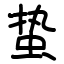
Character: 蛰